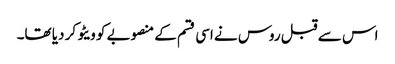
اس سے قبل روس نے اسی قسم کے منصوبے کو ویٹو کر دیا تھا۔